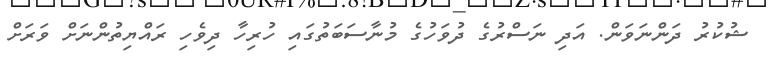
ޝުކުރު ދަންނަވަން. އަދި ނަސްރުގެ ދުވަހުގެ މުނާސަބަތުގައި ހުރިހާ ދިވެހި ރައްޔިތުންނަށް ވަރަށް